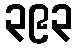
၃၉၃